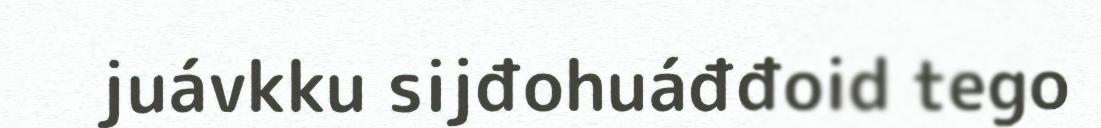
juávkku sijđohuáđđoid tego